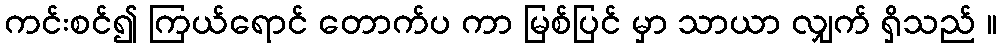
ကင်းစင်၍ ကြယ်ရောင် တောက်ပ ကာ မြစ်ပြင် မှာ သာယာ လျှက် ရှိသည် ။